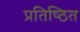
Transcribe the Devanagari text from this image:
प्रतिष्‍िठत